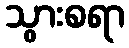
သွားစရာ